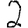
Digit: 2